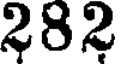
282